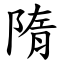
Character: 隋